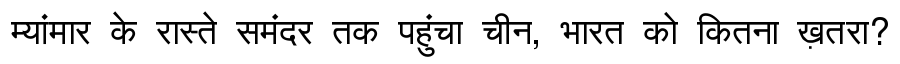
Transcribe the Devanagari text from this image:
म्यांमार के रास्ते समंदर तक पहुंचा चीन, भारत को कितना ख़तरा?